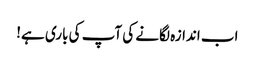
اب اندازہ لگانے کی آپ کی باری ہے!